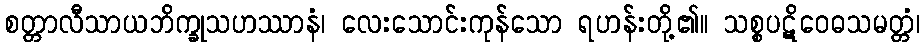
စတ္တာလီသာယဘိက္ခုသဟဿာနံ၊ လေးသောင်းကုန်သော ရဟန်းတို့၏။ သစ္စပဋိဝေဓသမတ္တံ၊